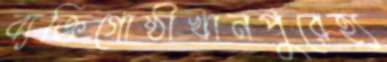
ব্যক্তিগোষ্ঠীখানপুরেহ্য